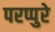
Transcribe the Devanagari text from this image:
परप्पुरे